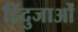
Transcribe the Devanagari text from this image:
हिंदुजाओं